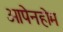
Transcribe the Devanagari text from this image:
ओपेनहोम